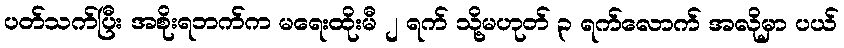
ပတ်သက်ပြီး အစိုးရဘက်က မရေးထိုးမီ ၂ ရက် သို့မဟုတ် ၃ ရက်လောက် အလိုမှာ ပယ်